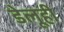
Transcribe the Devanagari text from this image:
डेलूही